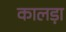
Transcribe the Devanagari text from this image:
कालड़ा